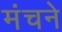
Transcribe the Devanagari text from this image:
मंचने